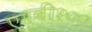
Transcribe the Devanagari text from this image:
एमबी१००